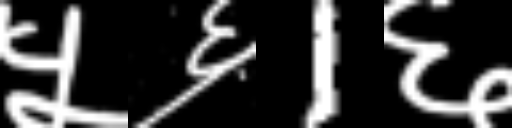
Text: ५६1६